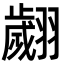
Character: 翽